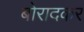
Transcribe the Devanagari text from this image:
बोरादकर